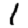
Digit: 1